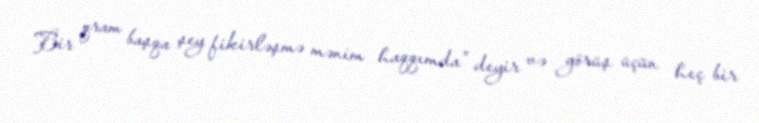
Bir qram başqa şey fikirləşmə mənim haqqımda” deyir və görüş üçün heç bir